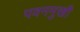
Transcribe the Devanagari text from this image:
पवनमुखी